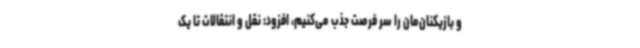
و بازیکنان‌مان را سر فرصت جذب می‌کنیم، افزود: نقل و انتقالات تا یک